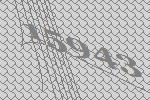
15943